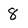
Character: 8